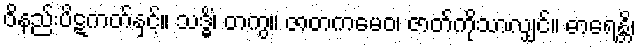
ဝိနည်းပိဋကတ်နှင့်။ သဒ္ဓိံ၊ တကွ။ ဇာတကမေဝ၊ ဇာတ်ကိုသာလျှင်။ ဓာရေန္တိ၊